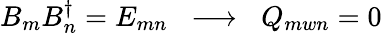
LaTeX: B_{m}B_{n}^{\dagger}=E_{mn}\; \; \longrightarrow\; \; Q_{mwn}=0